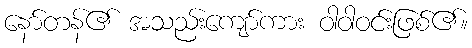
နော်တန်၏ အသည်းကျော်ကား ဝါဝါဝင်းဖြစ်၏။